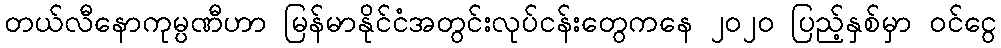
တယ်လီနောကုမ္ပဏီဟာ မြန်မာနိုင်ငံအတွင်းလုပ်ငန်းတွေကနေ ၂၀၂၀ ပြည့်နှစ်မှာ ဝင်ငွေ